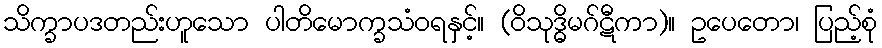
သိက္ခာပဒတည်းဟူသော ပါတိမောက္ခသံဝရနှင့်။ (ဝိသုဒ္ဓိမဂ်ဋီကာ)။ ဥပေတော၊ ပြည့်စုံ